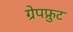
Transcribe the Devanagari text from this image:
ग्रेपफ्रुट